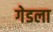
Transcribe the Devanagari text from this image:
गेडला